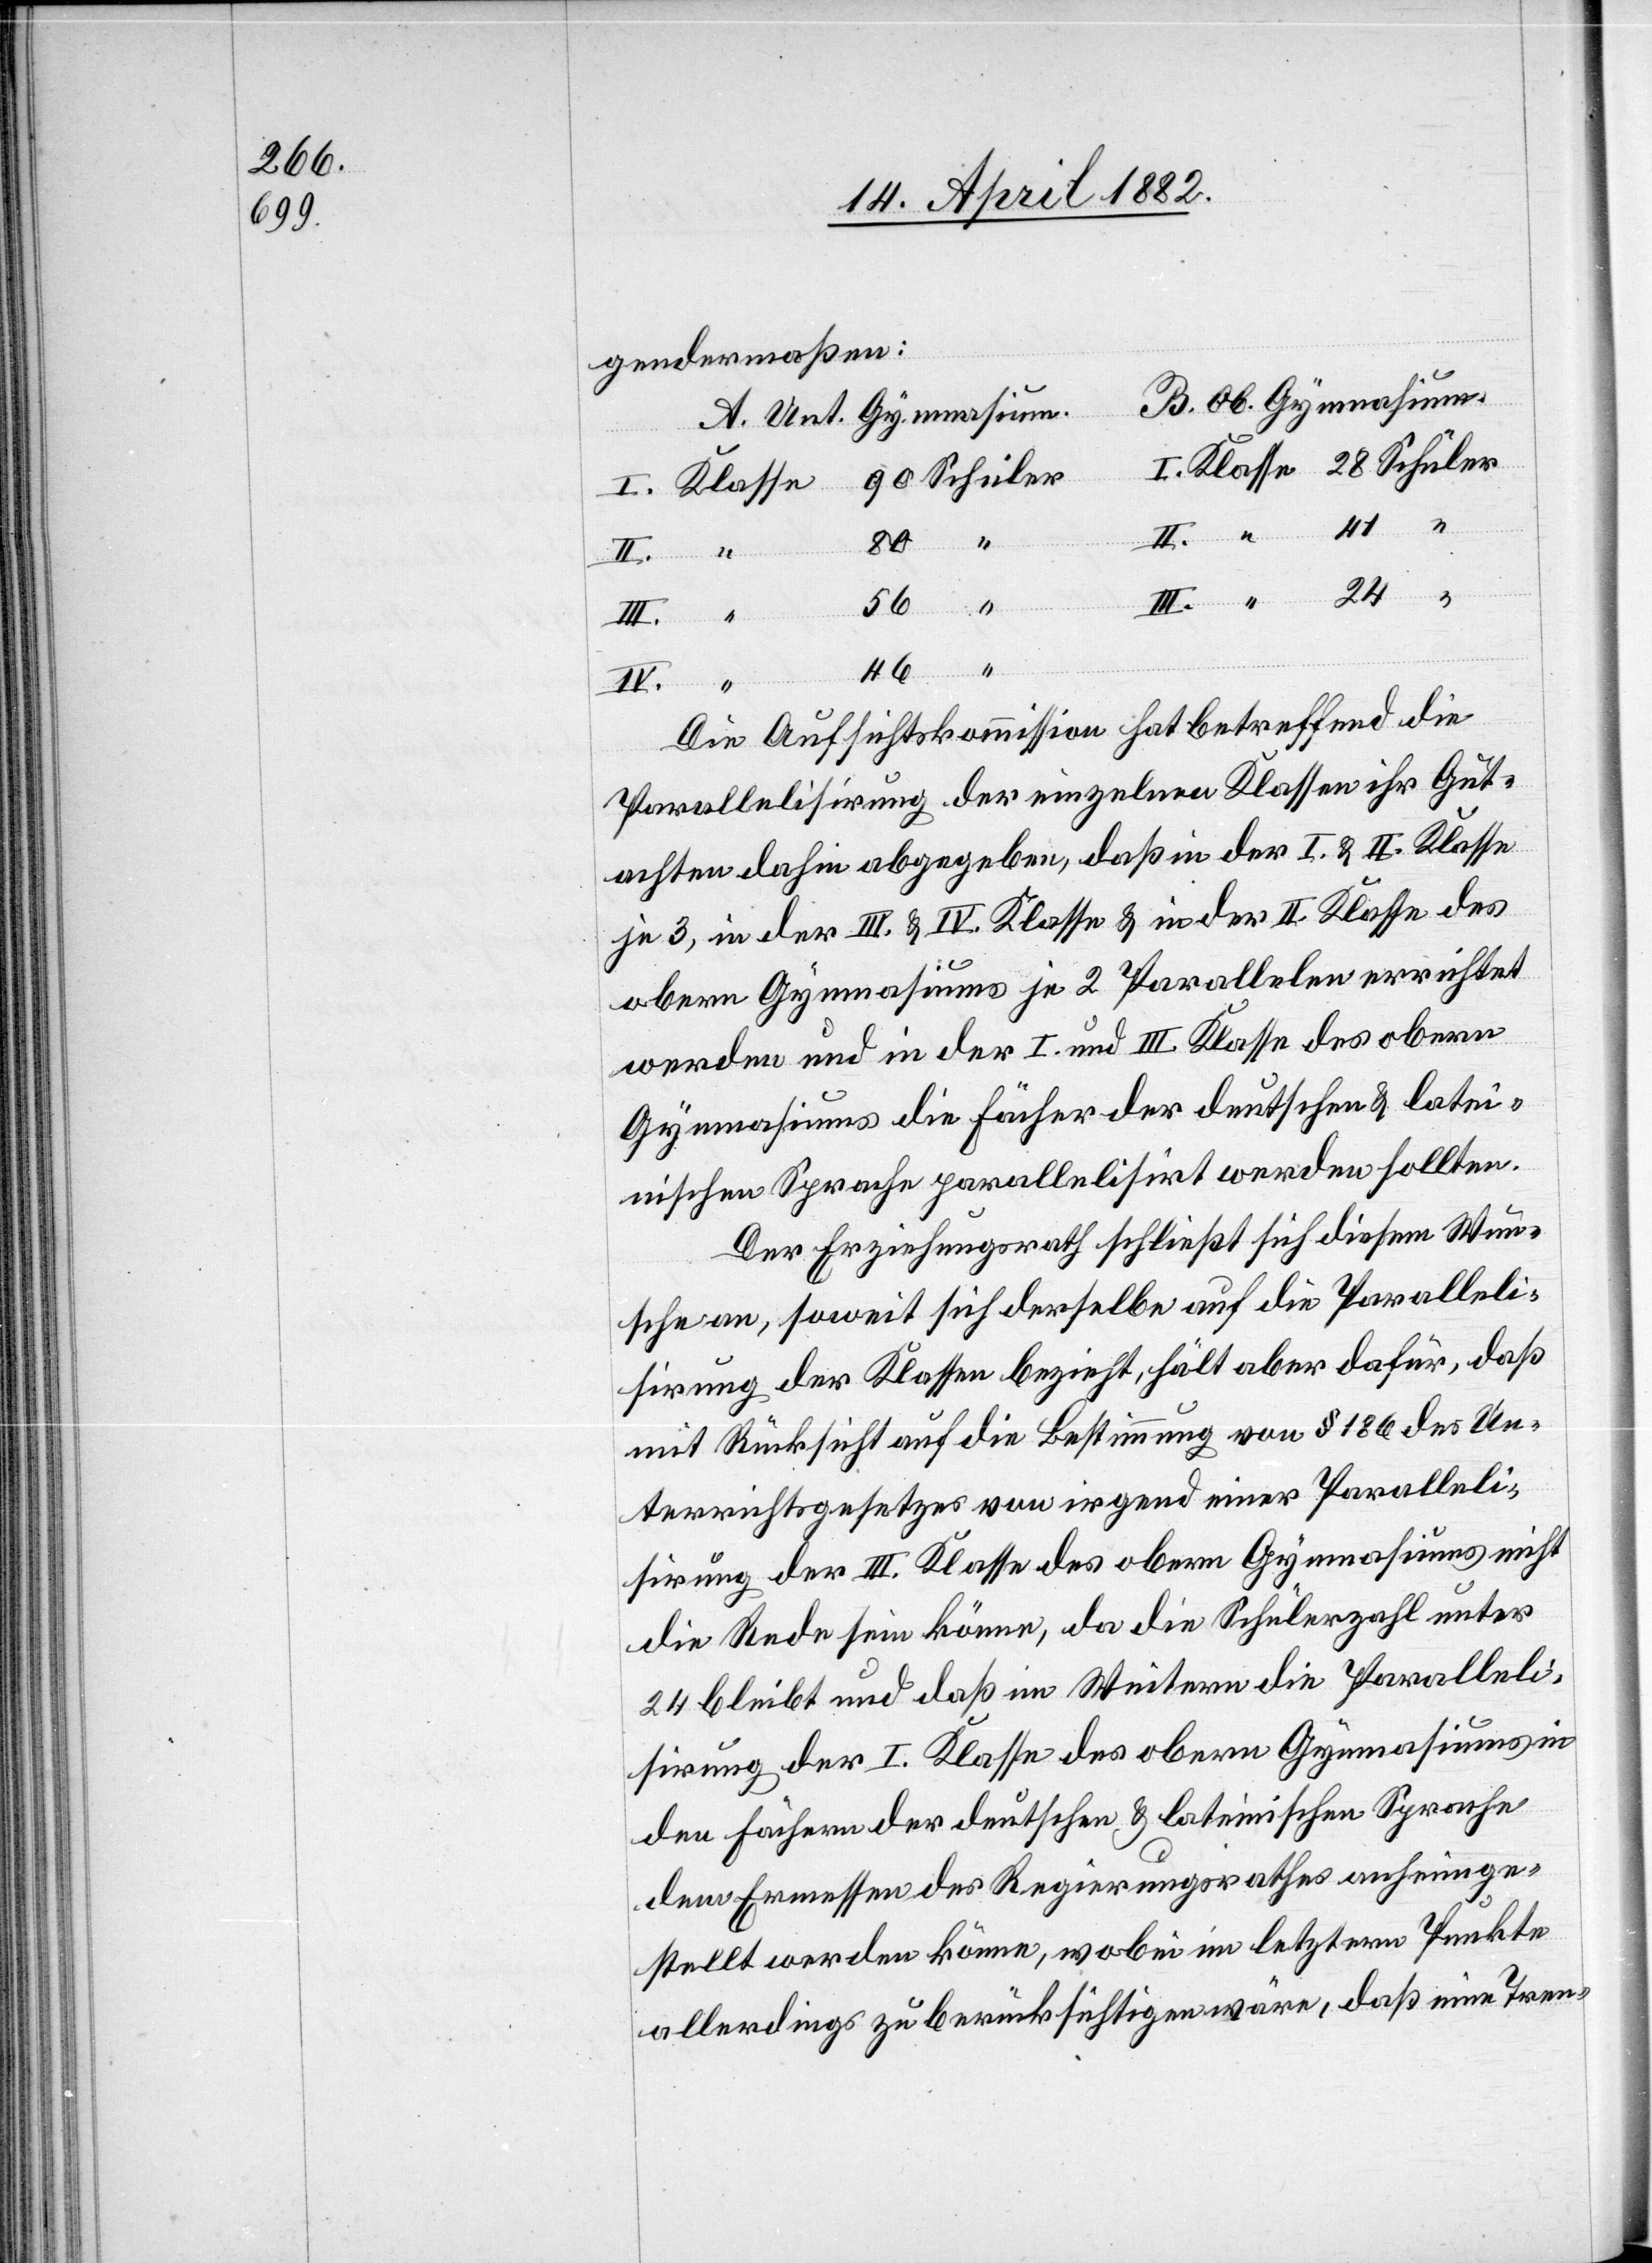
gendermaßen:
Schüler
46
B. Ob.
III.
Die Aufsichtskommission hat betreffend die
Parallelisirung der einzelnen Klassen ihr Gut¬
achten dahin abgegeben, daß in der I. & II. Klasse
je 3, in der III. & IV. Klasse & in der II. Klasse des
IV.
obern Gymnasiums je 2 Parallelen errichtet
werden und in der I. und III. Klasse des obern
Gymnasiums die Fächer der deutschen & latei¬
nischen Sprache parallelisirt werden sollten.
Der Erziehungsrath schließt sich diesem Wun¬
sche an, soweit sich derselbe auf die Paralleli¬
sirung der Klassen bezieht, hält aber dafür, daß
mit Rücksicht auf die Bestimmung von § 186 des Un¬
terrichtsgesetzes von irgend einer Paralleli¬
sirung der III. Klasse des obern Gymnasiums nicht
die Rede sein könne, da die Schülerzahl unter
24 bleibt und daß im Weitern die Paralleli¬
sirung der I. Klasse des obern Gymnasiums in
den Fächern der deutschen & lateinischen Sprache
dem Ermessen des Regierungsrathes anheimge¬
stellt werden könne, wobei im letztern Punkte
allerdings zu berücksichtigen wäre, daß eine Tren-